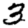
Digit: 3